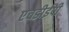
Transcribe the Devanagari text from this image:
एचडीईपी